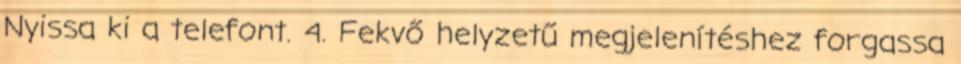
Nyissa ki a telefont. 4. Fekvő helyzetű megjelenítéshez forgassa